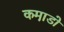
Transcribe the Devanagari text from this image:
कमा़डो